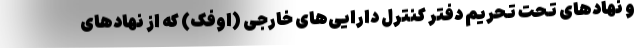
و نهادهای تحت تحریم دفتر کنترل دارایی‌های خارجی (اوفک) که از نهادهای